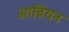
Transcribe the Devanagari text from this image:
ओब्रियन